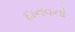
દાનવનો